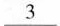
\underline{3}